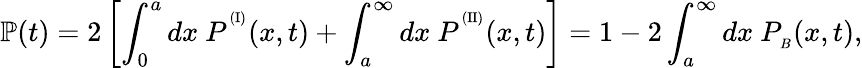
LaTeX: \mathbb{P}(t)=2\left[\int_{0}^{a}dx\ P^{^{(\mathrm{I})}}(x,t)+\int_{a}^{\infty}dx\ P^{^{(\mathrm{II})}}(x,t)\right]=1-2\int_{a}^{\infty}dx\ P_{_B}(x,t),